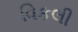
વિકલી